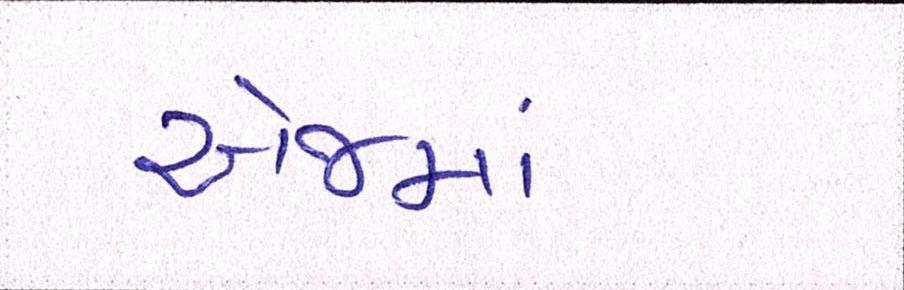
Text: એજમાં